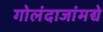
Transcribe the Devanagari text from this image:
गोलंदाजांमद्ये